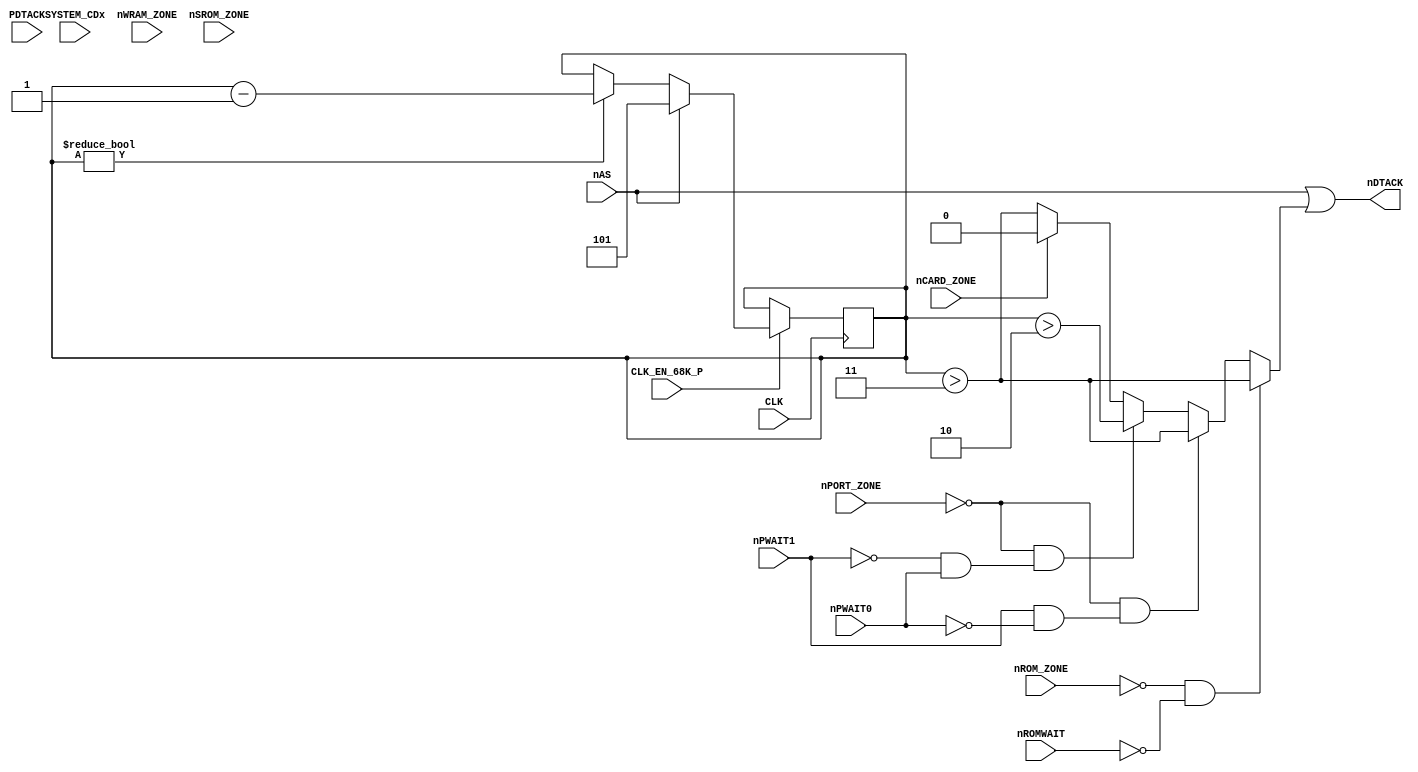
module c1_wait(
	input CLK, CLK_EN_68K_P, nAS,
	input SYSTEM_CDx,
	input nROM_ZONE, nWRAM_ZONE, nPORT_ZONE, nCARD_ZONE, nSROM_ZONE,
	input nROMWAIT, nPWAIT0, nPWAIT1, PDTACK,
	output nDTACK
);

	reg [2:0] WAIT_CNT;
	
	//assign nPDTACK = ~(nPORT_ZONE | PDTACK);		// Really a NOR ? May stall CPU if PDTACK = GND
	
	assign nDTACK = nAS | WAIT_MUX;
	
	// When nROMWAIT == 1, nDTACK = nAS for nROM_ZONE (no wait)
	wire WAIT_MUX = (!nROM_ZONE & !nROMWAIT) ? (WAIT_CNT > 3) :
			(!nPORT_ZONE & ( nPWAIT1 & !nPWAIT0)) ? (WAIT_CNT > 3) :
			(!nPORT_ZONE & (!nPWAIT1 &  nPWAIT0)) ? (WAIT_CNT > 2) :
			(!nCARD_ZONE) ? (WAIT_CNT > 3) :		// Maybe 2 but not important here, used JEIDA compliance
			1'b0;
	
	always @(posedge CLK)
	if (CLK_EN_68K_P) begin
		if (!nAS)
		begin
			if (WAIT_CNT)
				WAIT_CNT <= WAIT_CNT - 1'b1;
		end
		else
		begin
			WAIT_CNT <= 5;
		end
	end
	
endmodule